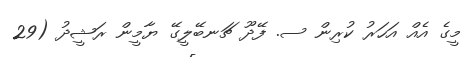
މީގެ އެއް އަހަރު ކުރިން ސ. ފޭދޫ ޗަނބޭލީގޭ ޔާމީން ރަޝީދު (29